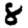
Digit: 8